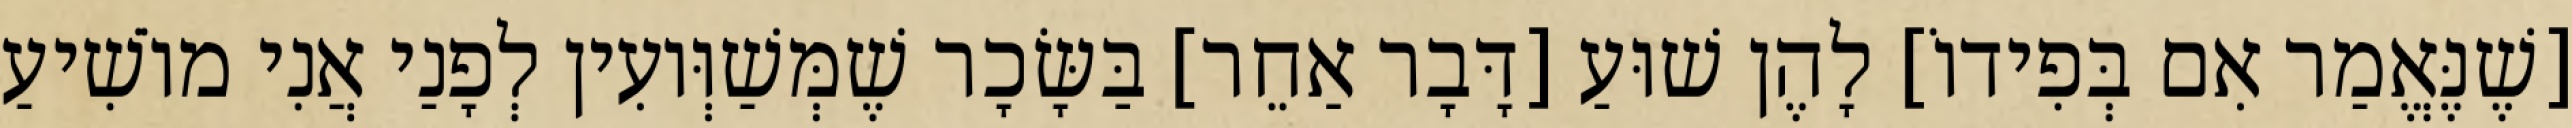
[שֶׁנֶּאֱמַר אִם בְּפִידוֹ] לָהֶן שׁוּעַ [דָּבָר אַחֵר] בַּשָּׂכָר שֶׁמְּשַׁוְּועִין לְפָנַי אֲנִי מוֹשִׁיעַ